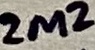
Text: 2M2